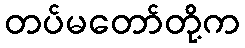
တပ်မတော်တို့က